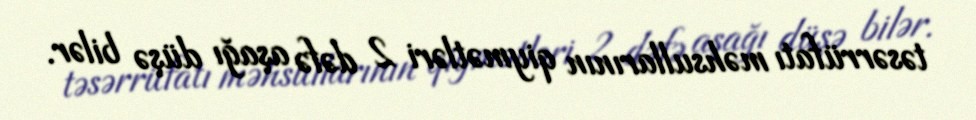
təsərrüfatı məhsullarının qiymətləri 2 dəfə aşağı düşə bilər.